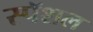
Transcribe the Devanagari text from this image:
स्पॅशल